Annual report of the Punjab Veterinary College and of the Civil Veterinary Department, Punjab - 1920-1925
Year: 1920
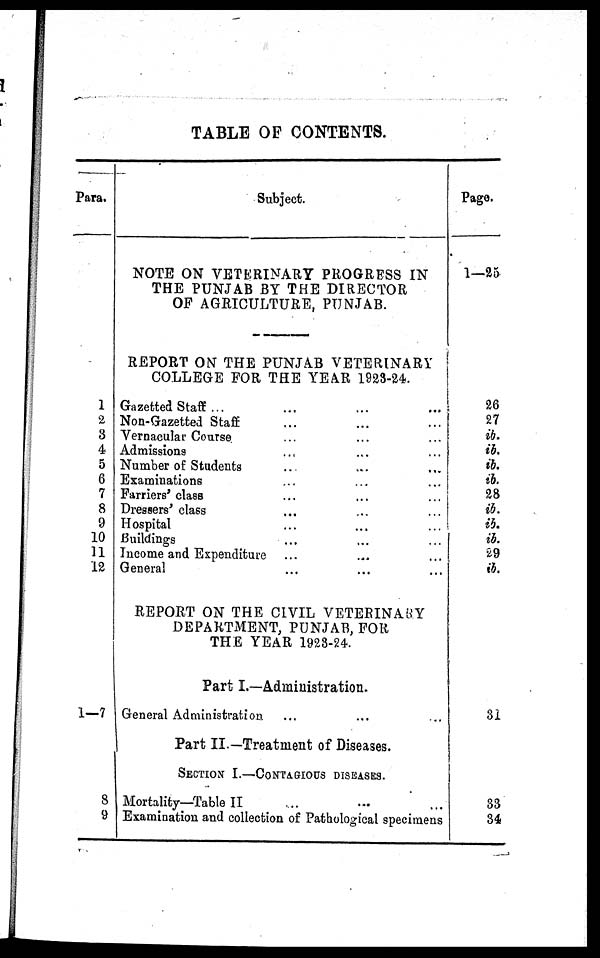
TABLE OF CONTENTS.
Para.
1
2
3
4
5
6
7
8
9
10
11
12
1—7
8
9
Subject.
NOTE ON VETERINARY PROGRESS IN
THE PUNJAB BY THE DIRECTOR
OF AGRICULTURE, PUNJAB.
REPORT ON THE PUNJAB VETERINARY
COLLEGE FOR THE YEAR 1923-24.
Gazetted Staff ...
...
... ...
Non-Gazetted Staff ... ... ... ...
Vernacular Course ... ... ... ...
Admissions ... ... ...
Number of Students ... ... ... ...
Examinations ... ... ... ...
Farriers' class ... ... ...
Dressers' class ... ... ... ...
Hospital ... ... ... ... ...
Buildings ... ... ... ...
Income and Expenditure ... ... ... ...
General ... ... ... ...
REPORT ON THE CIVIL VETERINARY
DEPARTMENT, PUNJAB, FOR
THE YEAR 1923-24.
Part I.—Administration.
General Administration ... ... ... ...
Part II.—Treatment of Diseases.
SECTION I.—CONTAGIOUS DISEASES
Mortality—Table II ... ... ... ...
Examination and collection of Pathological specimens
Page.
1—25
26
27
ib.
ib.
ib.
ib.
28
ib.
ib.
ib.
29
ib.
31
33
34